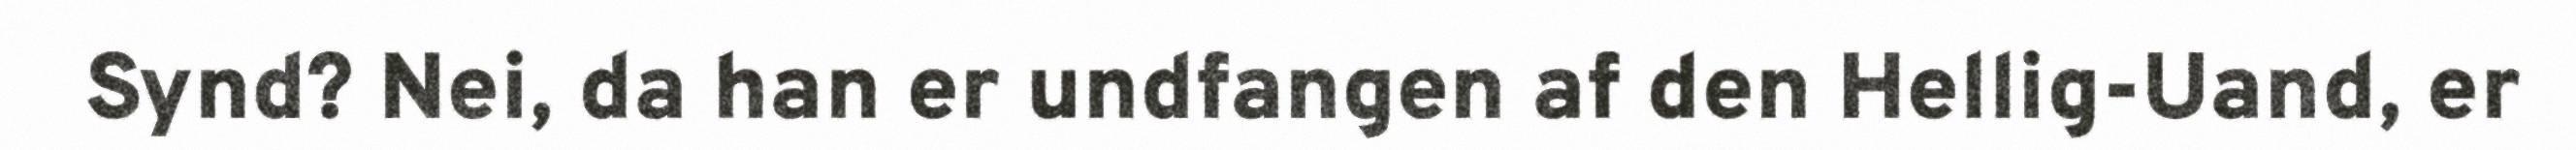
Synd? Nei, da han er undfangen af den Hellig-Uand, er